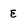
Character: e